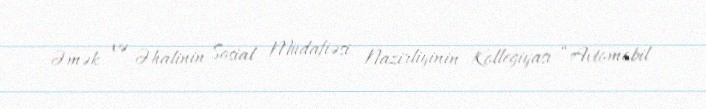
Əmək və Əhalinin Sosial Müdafiəsi Nazirliyinin Kollegiyası “Avtomobil